Indian journal of veterinary science and animal husbandry - Volumes 26-27, 1956-1957
Year: 1956
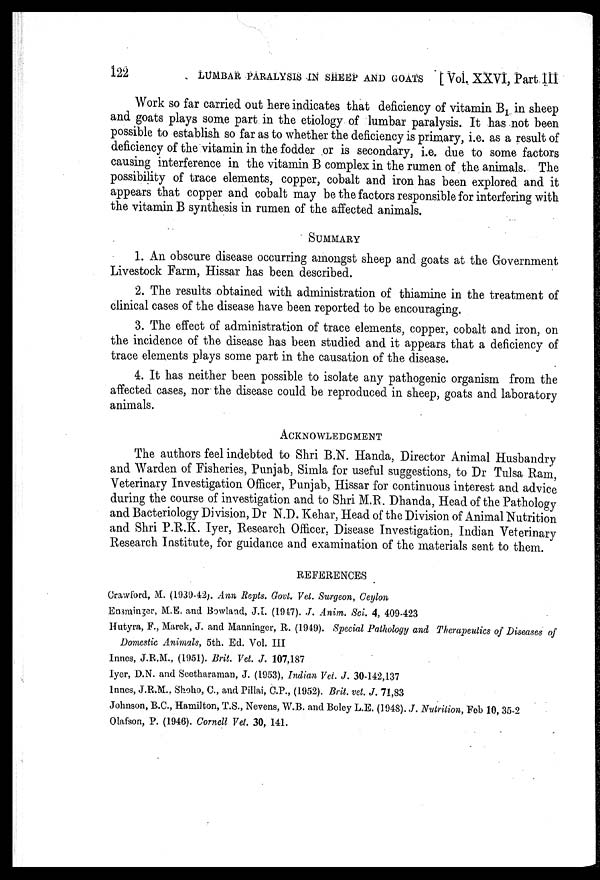
122
LUMBAR PARALYSIS IN SHEEP AND GOATS [ Vol. XXVI, Part III
Work so far carried out here indicates that deficiency of vitamin B 1 in sheep
and goats plays some part in the etiology of lumbar paralysis. It has not been
possible to establish so far as to whether the deficiency is primary, i.e. as a result of
deficiency of the vitamin in the fodder or is secondary, i.e. due to some factors
causing interference in the vitamin B complex in the rumen of the animals. The
possibility of trace elements, copper, cobalt and iron has been explored and it
appears that copper and cobalt may be the factors responsible for interfering with
the vitamin B synthesis in rumen of the affected animals.
SUMMARY
1. An obscure disease occurring amongst sheep and goats at the Government
Livestock Farm, Hissar has been described.
2. The results obtained with administration of thiamine in the treatment of
clinical cases of the disease have been reported to be encouraging.
3. The effect of administration of trace elements, copper, cobalt and iron, on
the incidence of the disease has been studied and it appears that a deficiency of
trace elements plays some part in the causation of the disease.
4. It has neither been possible to isolate any pathogenic organism from the
affected cases, nor the disease could be reproduced in sheep, goats and laboratory
animals.
ACKNOWLEDGMENT
The authors feel indebted to Shri B.N. Handa, Director Animal Husbandry
and Warden of Fisheries, Punjab, Simla for useful suggestions, to Dr Tulsa Ram,
Veterinary Investigation Officer, Punjab, Hissar for continuous interest and advice
during the course of investigation and to Shri M.R. Dhanda, Head of the Pathology
and Bacteriology Division, Dr N.D. Kehar, Head of the Division of Animal Nutrition
and Shri P.R.K. Iyer, Research Officer, Disease Investigation, Indian Veterinary
Research Institute, for guidance and examination of the materials sent to them.
REFERENCES
Crawford, M. (1939-42). Ann Repts. Govt. Vet. Surgeon, Ceylon
Ensminger, M.E. and Bowland, J.I. (1947). J. Anim. Sci. 4, 409-423
Hutyra, F., Marek, J. and Manninger, R. (1949). Special Pathology and Therapeutics of Diseases of
Domestic Animals, 5th. Ed. Vol. III
Innes, J.R.M., (1951). Brit. Vet. J. 107,187
Iyer, D.N. and Seetharaman, J. (1953), Indian Vet. J. 30-142,137
Innes, J.R.M., Shoho, C., and Pillai, C.P., (1952). Brit. vet. J. 71,83
Johnson, B.C., Hamilton, T.S., Nevens, W.B. and Boley L.E. (1948). J. Nutrition, Feb 10, 35-2
Olafson, P. (1946). Cornell Vet. 30, 141.